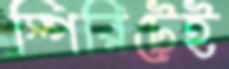
স্পিরিটেই